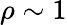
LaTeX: \rho\sim 1